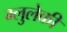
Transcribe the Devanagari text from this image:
म्लुलेकी